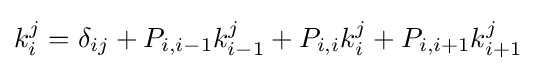
k_{i}^{j}=\delta _{ij}+P_{i,i-1}k_{i-1}^{j}+P_{i,i}k_{i}^{j}+P_{i,i+1}k_{i+1}^{j}